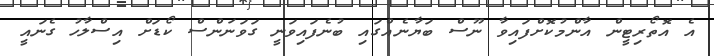
އެ އޮތޯރިޓީން އާންމުކޮށްފައިވާ ނޫސް ބަޔާނެއްގައި ބުނެފައިވަނީ ގަވަނަންސް ކޯޑަށް އިސްލާހު ގެނައީ